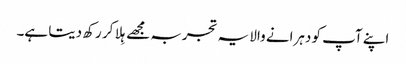
اپنے آپ کو دہرانے والا یہ تجربہ مجھے ہِلا کر رکھ دیتا ہے۔